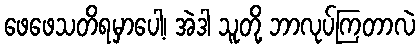
ဖေဖေသတိရမှာပေါ့၊ အဲဒါ သူတို့ ဘာလုပ်ကြတာလဲ